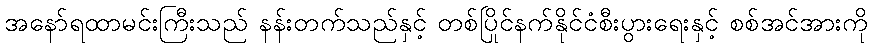
အနော်ရထာမင်းကြီးသည် နန်းတက်သည်နှင့် တစ်ပြိုင်နက်နိုင်ငံစီးပွားရေးနှင့် စစ်အင်အားကို